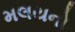
મલયનો